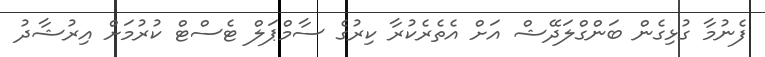
ފެނުމާ ގުޅިގެން ބަންގްލަދޭޝް އަށް އެތެރެކުރާ ކިރުގެ ސާމްޕަލް ޓެސްޓް ކުރުމަށް އިރުޝާދު